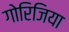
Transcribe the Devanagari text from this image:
गोरिजिया